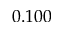
0 . 1 0 0